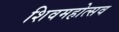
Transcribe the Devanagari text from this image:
शिवमहोत्सव